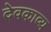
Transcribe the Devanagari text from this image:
देवकाव्य